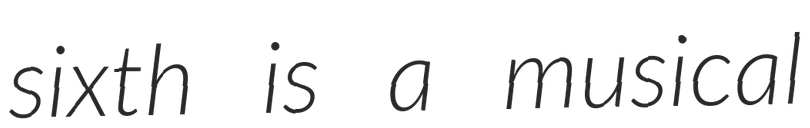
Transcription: sixth is a musical